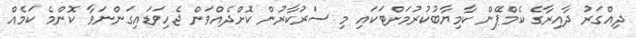
ދިއްގަރު ދާއިރާގެ ކެމްޕޭން ކާމިޔާބުކުރުމަށްޓަކައި މި ސަރުކާރުން ކޮށްދެއްވަން ޖެހިވަޑައިގަންނަވާ ކޮންމެ ކަމެއް